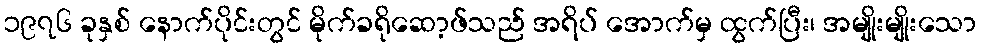
၁၉၇၆ ခုနှစ် နောက်ပိုင်းတွင် မိုက်ခရိုဆော့ဖ်သည် အရိပ် အောက်မှ ထွက်ပြီး၊ အမျိုးမျိုးသော